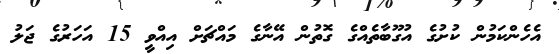
އެހެންކަމުން ކުށުގެ އުގޫބާތެއްގެ ގޮތުން އޭނާގެ މައްޗަށް އިއްވީ 15 އަހަރުގެ ޖަލު